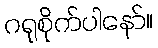
ဂရုစိုက်ပါနော်။